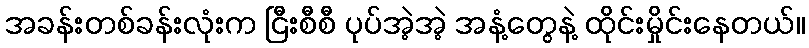
အခန်းတစ်ခန်းလုံးက ငြီးစီစီ ပုပ်အဲ့အဲ့ အနံ့တွေနဲ့ ထိုင်းမှိုင်းနေတယ်။